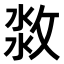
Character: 𣷜